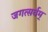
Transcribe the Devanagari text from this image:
जगत्सर्वम्